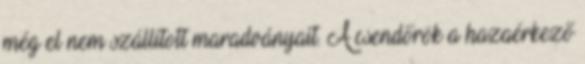
még el nem szállított maradványait. A csendőrök a hazaérkező